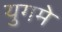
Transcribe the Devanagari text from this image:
युगमे